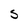
Character: S